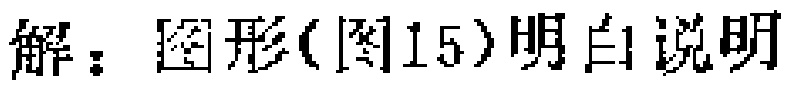
解：图形(图15)明白说明